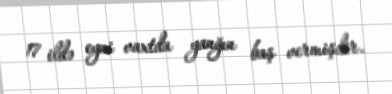
17 ildə eyni vaxtda yanğın baş vermişdir.